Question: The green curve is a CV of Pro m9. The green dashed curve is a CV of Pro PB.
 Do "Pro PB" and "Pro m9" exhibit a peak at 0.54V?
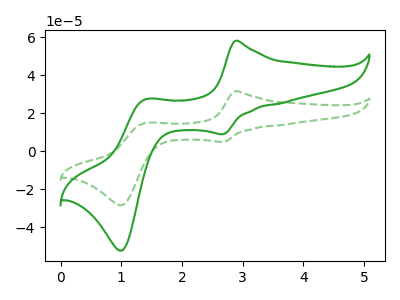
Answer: <think>The green curve "Pro m9" has anodic peaks at (2.90V, 58.00uA) (1.40V, 27.20uA) and cathodic peaks at (2.70V, 8.85uA) (1.00V, -52.35uA). The green dashed curve "Pro PB" has anodic peaks at (2.90V, 31.50uA) (1.40V, 14.75uA) and cathodic peaks at (2.70V, 4.80uA) (1.00V, -28.45uA).</think>
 <answer>No, "Pro PB" and "Pro m9" dont share a peak at 0.54V.</answer>
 <eval>mismatch</eval>